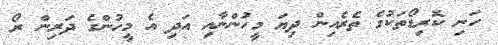
ހަނި ކޮރިޑޯތަކުގެ ތެރެއިން ދިޔަ މީހުންނާއި އަދި އެ މީހުންގެ ދަރިން ރޯ